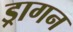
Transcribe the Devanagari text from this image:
ड्रागन